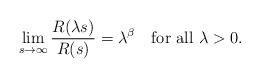
LaTeX: \begin{align*}\lim_{s\to\infty}\frac{R(\lambda s)}{R(s)}=\lambda^\beta\quad\mbox{for all $\lambda>0$}.\end{align*}